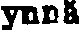
ynnä